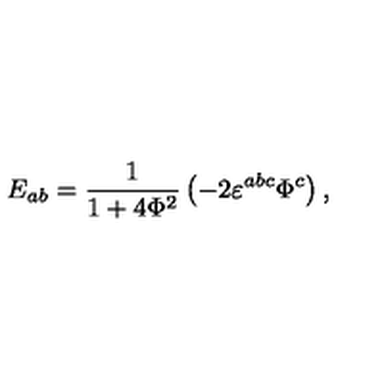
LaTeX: E _ { a b } = \frac 1 { 1 + 4 \Phi ^ { 2 } } \left( - 2 \varepsilon ^ { a b c } \Phi ^ { c } \right) ,